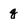
Character: q